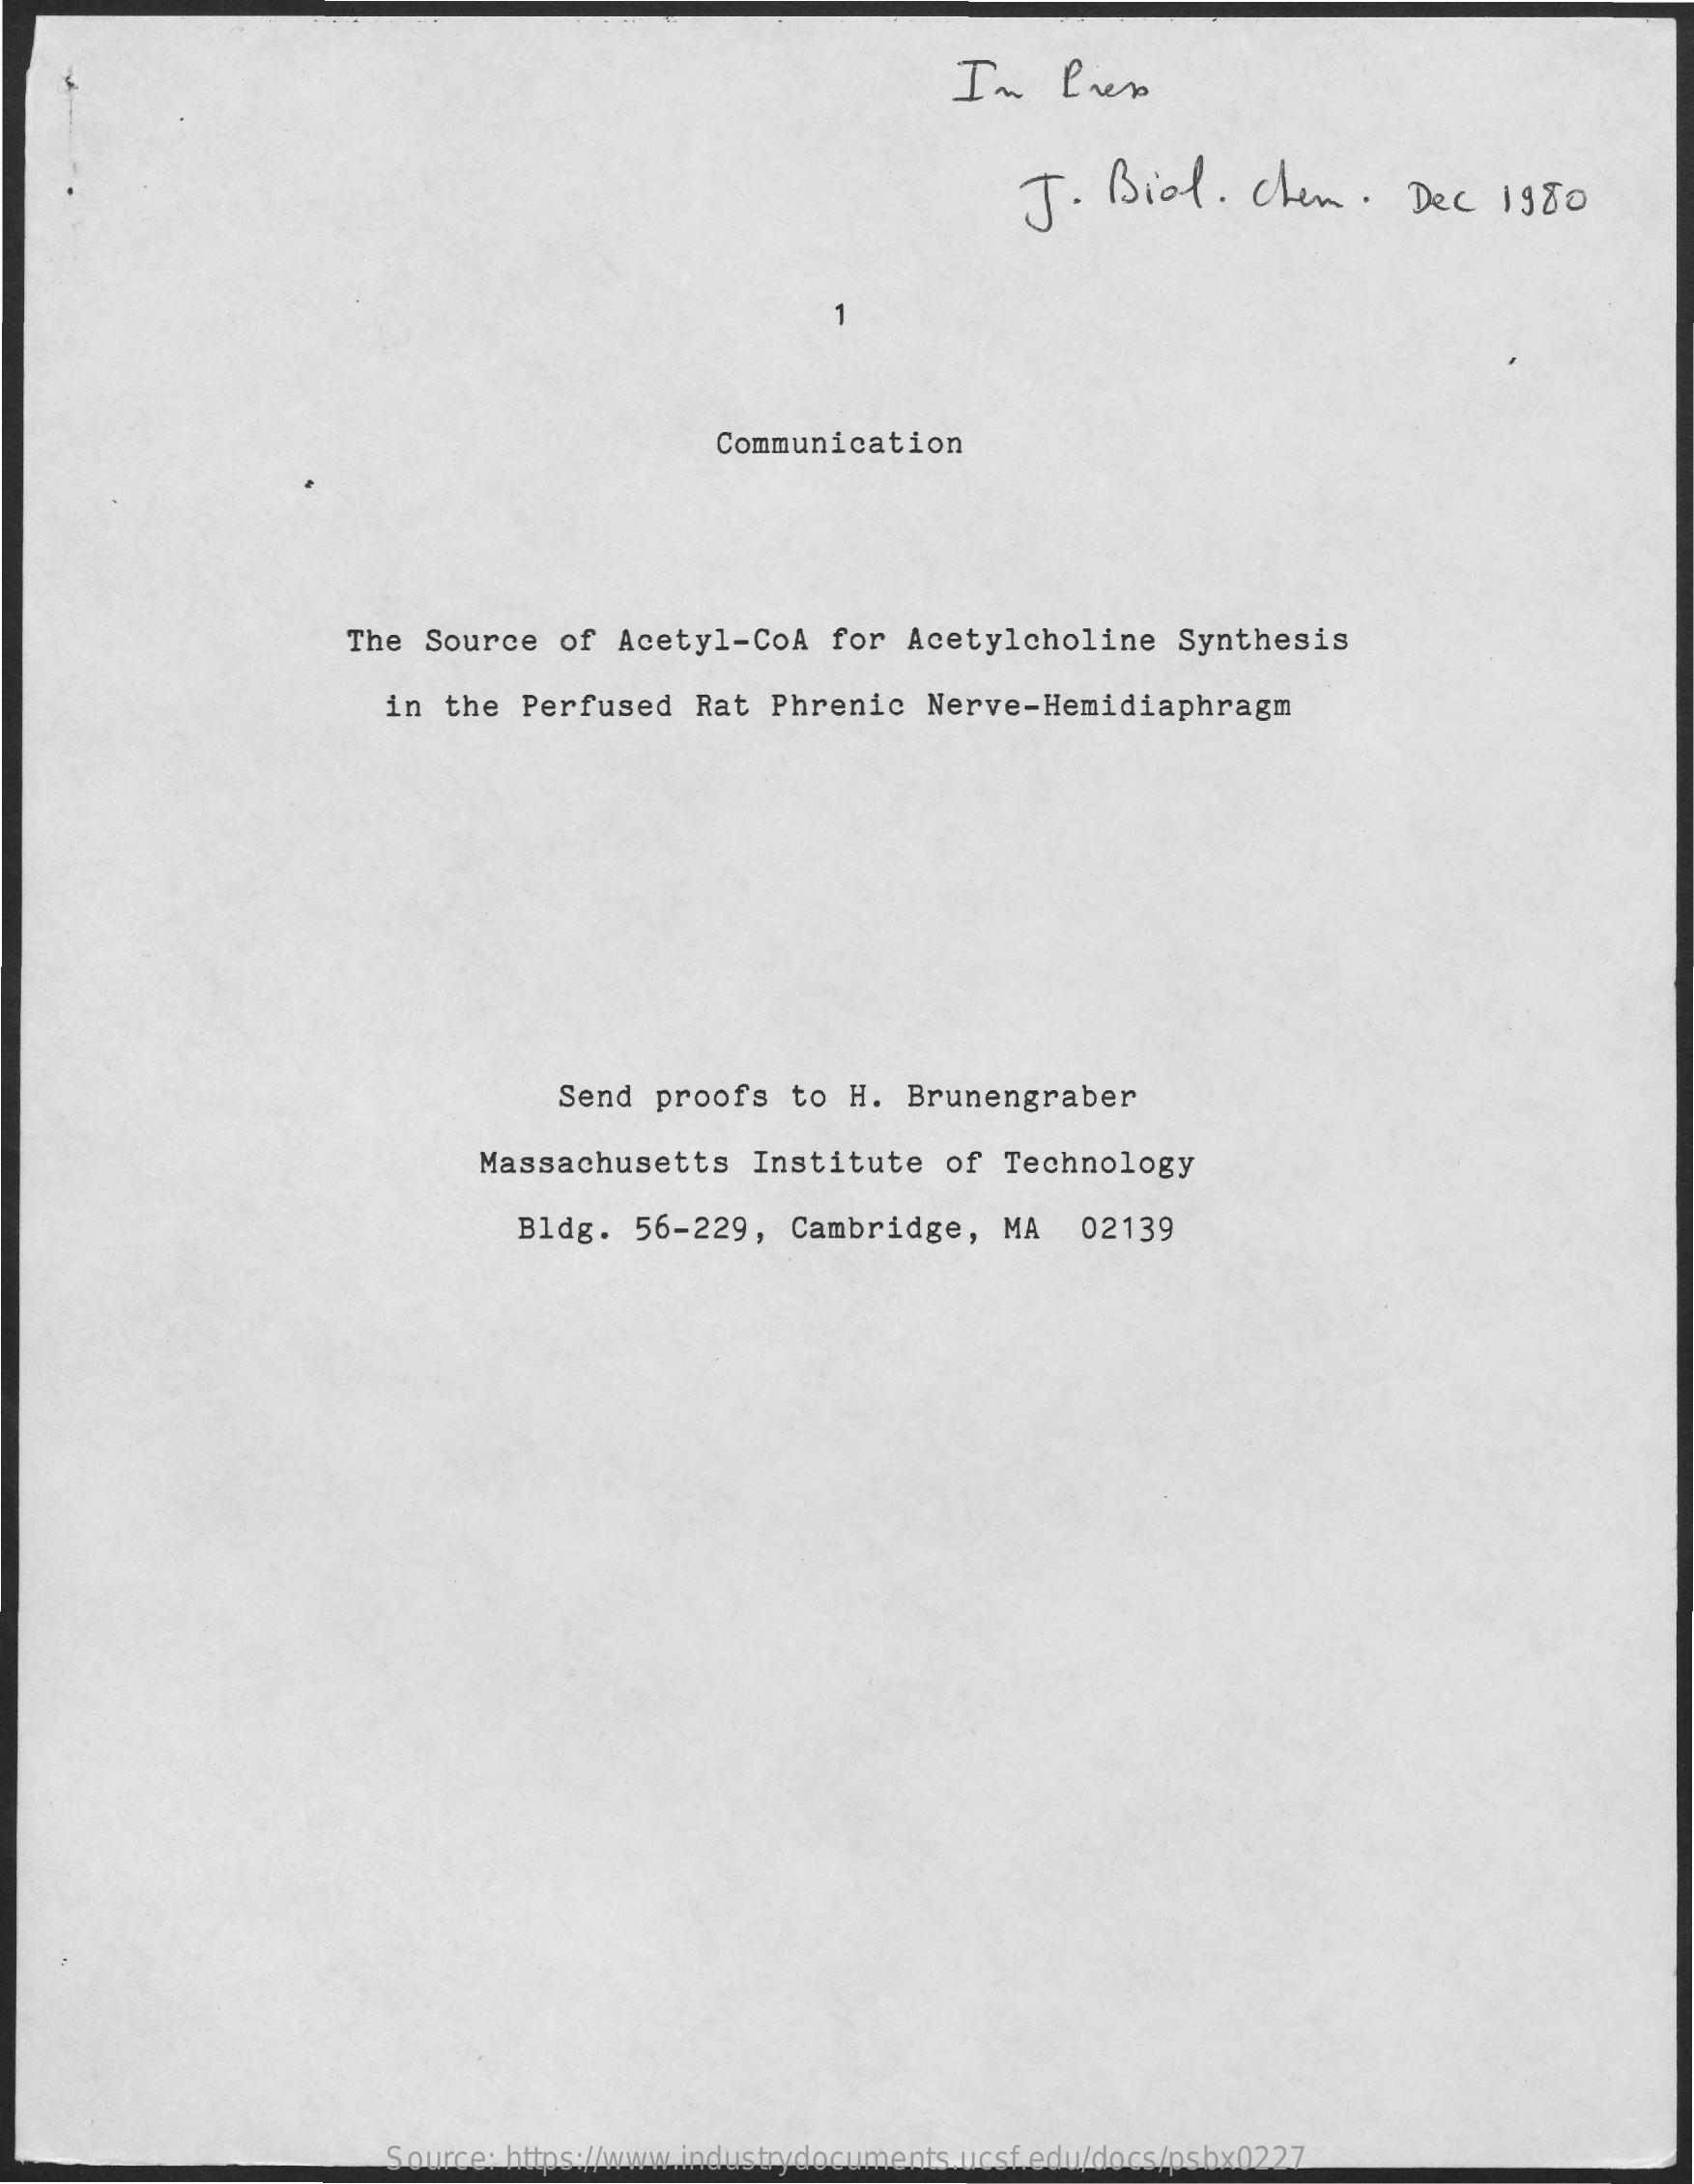
Im    Pies
     J.  Biol.    Chen.    Dec   1980
     Communication
     The  Source   of Acetyl-CoA    for  Acetylcholine    Synthesis
     in the  Perfused   Rat  Phrenic   Nerve-Hemidiaphragm
     Send  proofs   to H.  Brunengraber
     Massachusetts    Institute    of Technology
     Bldg.   56-229,   Cambridge,   MA   02139
     Source: https://www.industrydocuments.ucsf.edu/docs/psbx0227